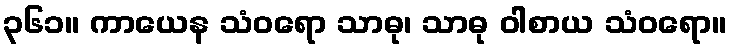
၃၆၁။ ကာယေန သံဝရော သာဓု၊ သာဓု ဝါစာယ သံဝရော။